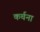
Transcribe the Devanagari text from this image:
कर्चना